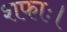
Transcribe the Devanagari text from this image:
शफाः।